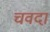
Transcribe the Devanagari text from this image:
चवदा